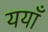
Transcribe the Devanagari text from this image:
ययाँ